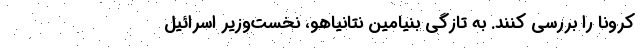
کرونا را بررسی کنند. به تازگی بنیامین نتانیاهو، نخست‌وزیر اسرائیل